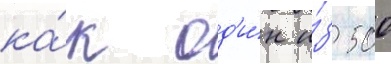
ка́к од'и́н и́з 500